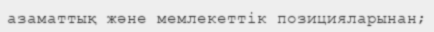
азаматтық және мемлекеттiк позицияларынан;